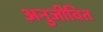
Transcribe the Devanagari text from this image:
अनुजीवित